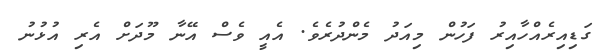
ގަޑިއިރެއްހާއިރު ފަހުން މިއަދު މެންދުރެވެ. އެއީ ވެސް އޭނާ މޫދަށް އެރި އުޅުނު